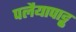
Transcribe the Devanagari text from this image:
पलैयापाट्टु